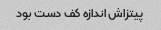
پیتزاش اندازه کف دست بود